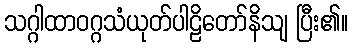
သဂ္ဂါထာဝဂ္ဂသံယုတ်ပါဠိတော်နိသျ ပြီး၏။